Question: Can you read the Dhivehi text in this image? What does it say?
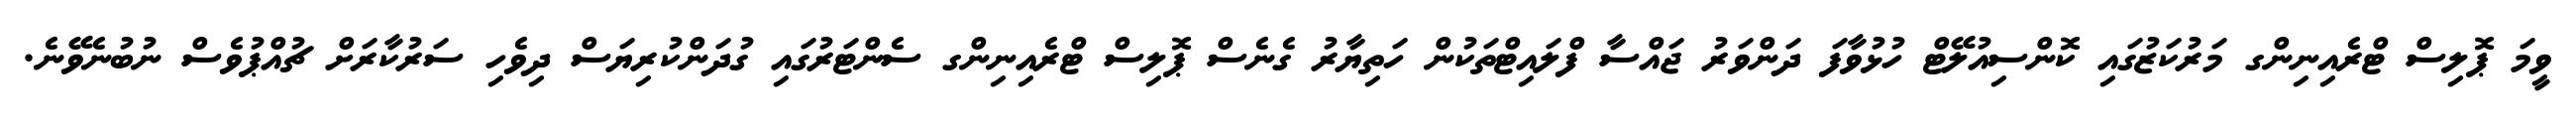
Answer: ވީމަ ޕޮލިސް ޓްރެއިނިންގ މަރުކަޒުގައި ކޮންސިއުލޭޓް ހުޅުވާފަ ދަންވަރު ޖައްސާ ފްލައިޓްތަކުން ހަތިޔާރު ގެނެސް ޕޮލިސް ޓްރެއިނިންގ ސެންޓަރުގައި ގުދަންކުރިޔަސް ދިވެހި ސަރުކާރަށް ޗުއްޕުވެސް ނުބުނެވޭނެ.